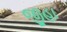
જીહા